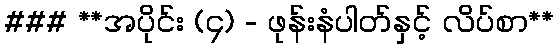
### **အပိုင်း (၄) - ဖုန်းနံပါတ်နှင့် လိပ်စာ**